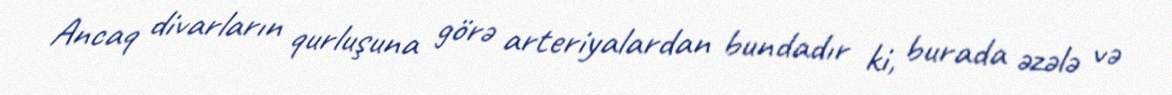
Ancaq divarların qurluşuna görə arteriyalardan bundadır ki, burada əzələ və